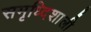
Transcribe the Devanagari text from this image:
समृध्दिशाली